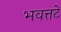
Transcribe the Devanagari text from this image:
भवत्तटे